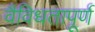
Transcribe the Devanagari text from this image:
वैविधतापूर्ण